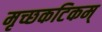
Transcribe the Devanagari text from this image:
मृच्छकटिकम्‌